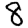
Digit: 8